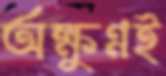
অক্ষুণ্নই